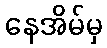
နေအိမ်မှ